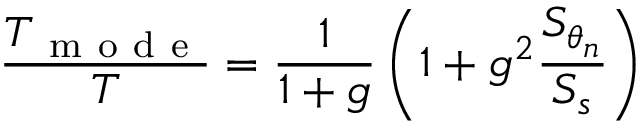
\frac { T _ { \mathrm { ~ m ~ o ~ d ~ e ~ } } } { T } = \frac { 1 } { 1 + g } \left( 1 + g ^ { 2 } \frac { S _ { \theta _ { n } } } { S _ { s } } \right)